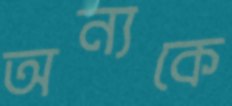
অন্যকে